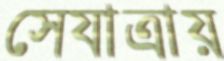
সেযাত্রায়